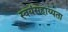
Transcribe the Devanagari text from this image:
स्वयंसहाय्यता